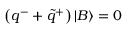
\left( q ^ { - } + \tilde { q } ^ { + } \right) \left| B \right\rangle = 0